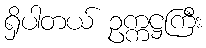
ရှိပါတယ် ဥက္ကဋ္ဌကြီး